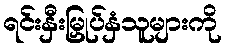
ရင်းနှီးမြှုပ်နှံသူများကို